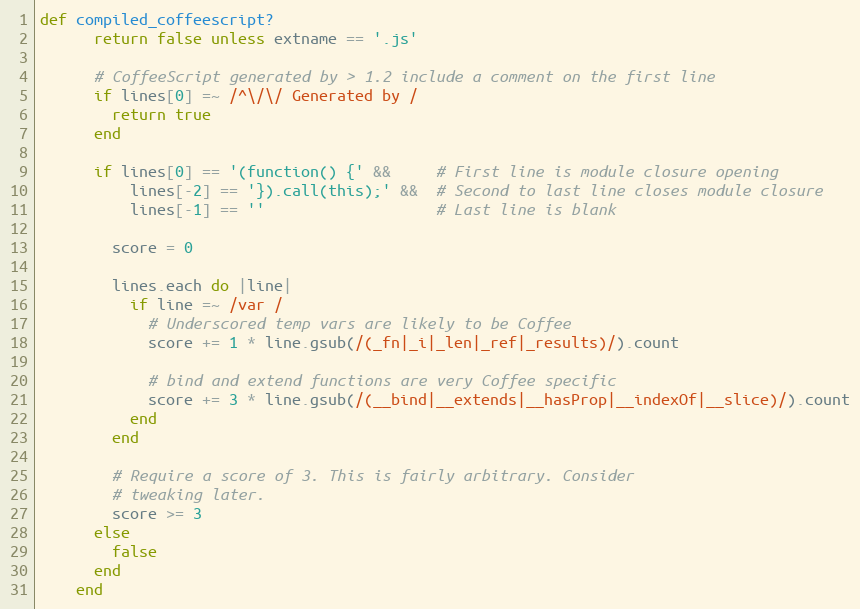
Language: Ruby
def compiled_coffeescript?
      return false unless extname == '.js'

      # CoffeeScript generated by > 1.2 include a comment on the first line
      if lines[0] =~ /^\/\/ Generated by /
        return true
      end

      if lines[0] == '(function() {' &&     # First line is module closure opening
          lines[-2] == '}).call(this);' &&  # Second to last line closes module closure
          lines[-1] == ''                   # Last line is blank

        score = 0

        lines.each do |line|
          if line =~ /var /
            # Underscored temp vars are likely to be Coffee
            score += 1 * line.gsub(/(_fn|_i|_len|_ref|_results)/).count

            # bind and extend functions are very Coffee specific
            score += 3 * line.gsub(/(__bind|__extends|__hasProp|__indexOf|__slice)/).count
          end
        end

        # Require a score of 3. This is fairly arbitrary. Consider
        # tweaking later.
        score >= 3
      else
        false
      end
    end